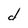
Character: d